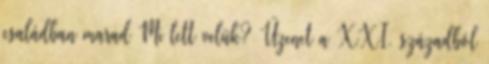
családban marad Mi lett velük? Üzenet a XXI. századból